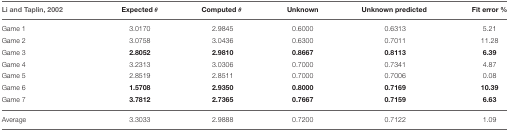
<table><thead><tr><td><b>Li and Taplin, 2002</b></td><td><b>Expected θ</b></td><td><b>Computed θ</b></td><td><b>Unknown</b></td><td><b>Unknown predicted</b></td><td><b>Fit error %</b></td></tr></thead><tbody><tr><td>Game 1</td><td>3.0170</td><td>2.9845</td><td>0.6000</td><td>0.6313</td><td>5.21</td></tr><tr><td>Game 2</td><td>3.0758</td><td>3.0436</td><td>0.6300</td><td>0.7011</td><td>11.28</td></tr><tr><td>Game 3</td><td><b>2.8052</b></td><td><b>2.9810</b></td><td><b>0.8667</b></td><td><b>0.8113</b></td><td><b>6.39</b></td></tr><tr><td>Game 4</td><td>3.2313</td><td>3.0306</td><td>0.7000</td><td>0.7341</td><td>4.87</td></tr><tr><td>Game 5</td><td>2.8519</td><td>2.8511</td><td>0.7000</td><td>0.7006</td><td>0.08</td></tr><tr><td>Game 6</td><td><b>1.5708</b></td><td><b>2.9350</b></td><td><b>0.8000</b></td><td><b>0.7169</b></td><td><b>10.39</b></td></tr><tr><td>Game 7</td><td><b>3.7812</b></td><td><b>2.7365</b></td><td><b>0.7667</b></td><td><b>0.7159</b></td><td><b>6.63</b></td></tr><tr><td>Average</td><td>3.3033</td><td>2.9888</td><td>0.7200</td><td>0.7122</td><td>1.09</td></tr></tbody></table>